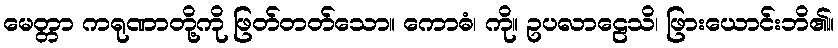
မေတ္တာ ကရုဏာတို့ကို ဖြတ်တတ်သော။ ကောဓံ၊ ကို။ ဥပလာဠေသိ၊ ဖြားယောင်းဘိ၏။